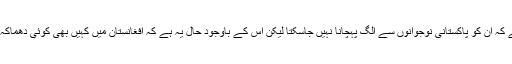
افغانوں کی پوری ایک نسل پاکستان میں پروان چڑھی اور اب حال یہ ہے کہ ان کو پاکستانی نوجوانوں سے الگ پہچانا نہیں جاسکتا لیکن اس کے باوجود حال یہ ہے کہ افغانستان میں کہیں بھی کوئی دھماکہ ہو جائے‘ الزام بغیر کسی تحقیق وتفتیش کے پاکستان پر لگا لیا جاتا ہے۔